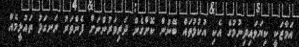
އަމާޒަކީ ކިޔަވައިދިނުމުގެ އެކި އުކުޅުތައް ބޭނުން ކޮށްގެން ދަރިވަރުންނަށް ފެންވަރު ރަނގަޅު ތައުލީމެއް